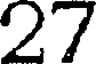
27